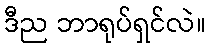
ဒီည ဘာရုပ်ရှင်လဲ။